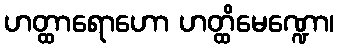
ဟတ္ထာရောဟော ဟတ္ထိမေဏ္ဍော၊